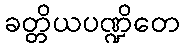
ခတ္တိယပဏ္ဍိတေ